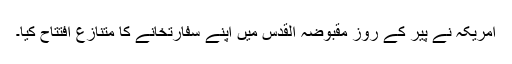
امریکہ نے پیر کے روز مقبوضہ القدس میں اپنے سفارتخانے کا متنازع افتتاح کیا۔